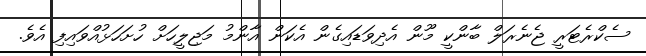
ސެކްރެޓަރީ ޖެނެރަލް ބާންކީ މޫން އެދިވަޑައިގެން އެކަން އާންމު މަޖިލީހަށް ހުށަހަޅުއްވައިފި އެވެ.